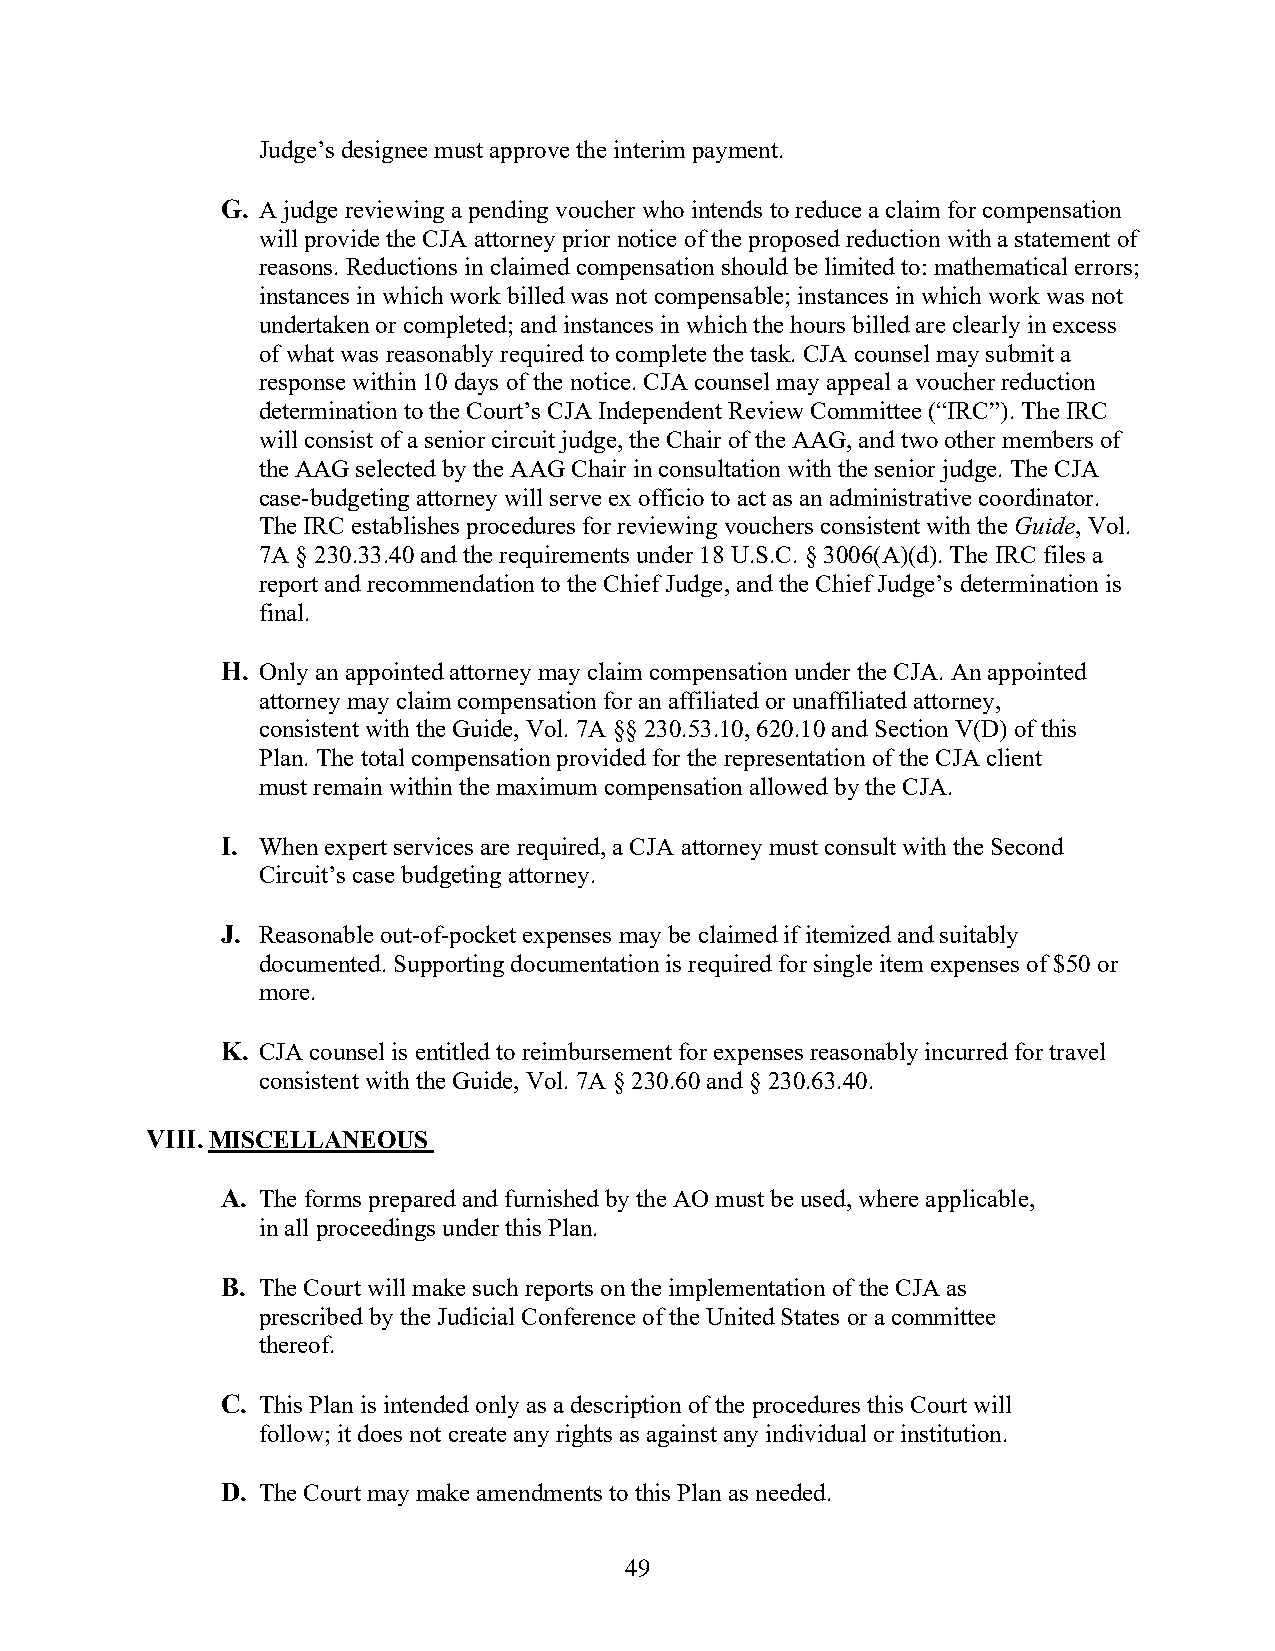
Judge’s designee must approve the interim payment.
 G. A judge reviewing a pending voucher who intends to reduce a claim for compensation
 will provide the CJA attorney prior notice of the proposed reduction with a statement of
 reasons. Reductions in claimed compensation should be limited to: mathematical errors;
 instances in which work billed was not compensable; instances in which work was not
 undertaken or completed; and instances in which the hours billed are clearly in excess
 of what was reasonably required to complete the task. CJA counsel may submit a
 response within 10 days of the notice. CJA counsel may appeal a voucher reduction
 determination to the Court’s CJA Independent Review Committee (“IRC”). The IRC
 will consist of a senior circuit judge, the Chair of the AAG, and two other members of
 the AAG selected by the AAG Chair in consultation with the senior judge. The CJA
 case-budgeting attorney will serve ex officio to act as an administrative coordinator.
 The IRC establishes procedures for reviewing vouchers consistent with the Guide, Vol.
 7A § 230.33.40 and the requirements under 18 U.S.C. § 3006(A)(d). The IRC files a
 report and recommendation to the Chief Judge, and the Chief Judge’s determination is
 final.
 H. Only an appointed attorney may claim compensation under the CJA. An appointed
 attorney may claim compensation for an affiliated or unaffiliated attorney,
 consistent with the Guide, Vol. 7A §§ 230.53.10, 620.10 and Section V(D) of this
 Plan. The total compensation provided for the representation of the CJA client
 must remain within the maximum compensation allowed by the CJA.
 I. When expert services are required, a CJA attorney must consult with the Second
 Circuit’s case budgeting attorney.
 J. Reasonable out-of-pocket expenses may be claimed if itemized and suitably
 documented. Supporting documentation is required for single item expenses of $50 or
 more.
 K. CJA counsel is entitled to reimbursement for expenses reasonably incurred for travel
 consistent with the Guide, Vol. 7A § 230.60 and § 230.63.40.
 VIII. MISCELLANEOUS
 A. The forms prepared and furnished by the AO must be used, where applicable,
 in all proceedings under this Plan.
 B. The Court will make such reports on the implementation of the CJA as
 prescribed by the Judicial Conference of the United States or a committee
 thereof.
 C. This Plan is intended only as a description of the procedures this Court will
 follow; it does not create any rights as against any individual or institution.
 D. The Court may make amendments to this Plan as needed.
 49